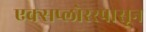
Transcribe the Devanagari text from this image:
एक्सप्लोररपासून